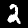
Digit: 2